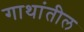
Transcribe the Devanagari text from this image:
गाथांतील